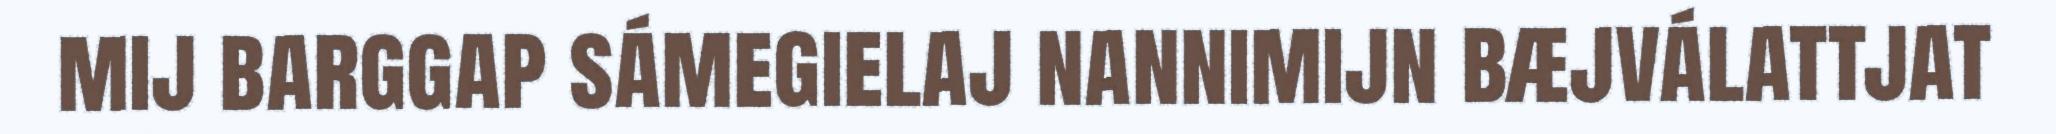
mij barggap sámegielaj nannimijn bæjválattjat